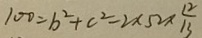
1 0 0 = b ^ { 2 } + c ^ { 2 } - 2 \times 5 2 \times \frac { 1 2 } { 1 3 }